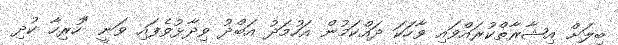
ބިލަށް އިޝާރާތްކުރައްވައި ވާހަކަ ދައްކަމުން އަހުމަދު އަބްދު ވިދާޅުވެފައި ވަނީ "ހުރިހާ ކުދި